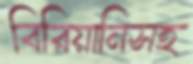
বিরিয়ানিসহ